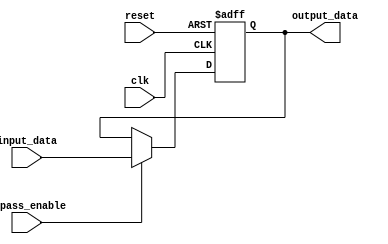
module Timing_Control_Synchronization (
    input wire clk,
    input wire reset,
    input wire bypass_enable,
    input wire [DATA_WIDTH-1:0] input_data,
    output reg [DATA_WIDTH-1:0] output_data
);

parameter DATA_WIDTH = 8; // Define data width

reg [DATA_WIDTH-1:0] register_data;

always @ (posedge clk or posedge reset) begin
    if (reset) begin
        register_data <= 0;
    end else begin
        if (bypass_enable) begin
            register_data <= input_data;
        end else begin
            register_data <= register_data;
        end
    end
end

assign output_data = register_data;

endmodule